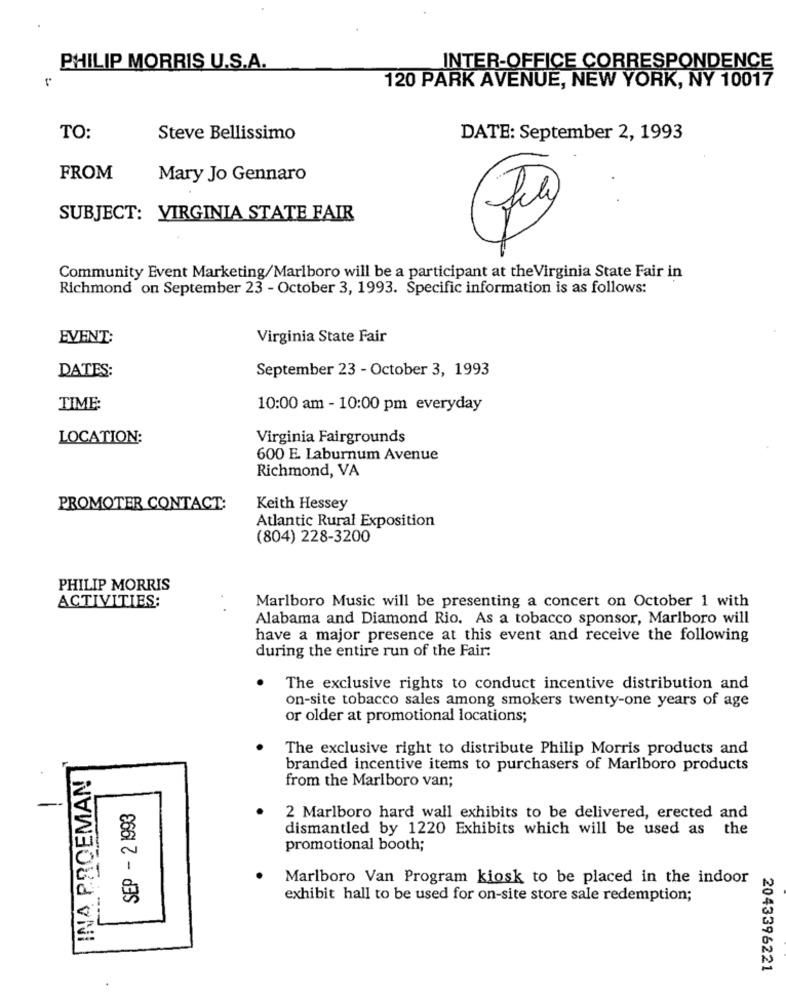
INTER-OFFICE CORRESPONDENCE
PHILIP MORRIS U.S.A.
120 PARK AVENUE, NEW YORK, NY 10017
TO:
Steve Bellissimo
DATE: September 2, 1993
FROM
Mary Jo Gennaro
SUBJECT: VIRGINIA STATE FAIR
Community Event Marketing/Marlboro will be a participant at theVirginia State Fair in
Richmond on September 23 - October 3, 1993. Specific information is as follows:
EVENT:
Virginia State Fair
DATES:
September 23 - October 3, 1993
TIME:
10:00 am - 10:00 pm everyday
LOCATION:
Virginia Fairgrounds
600 E. Laburnum Avenue
Richmond, VA
PROMOTER CONTACT:
Keith Hessey
Atlantic Rural Exposition
(804) 228-3200
PHILIP MORRIS
ACTIVITIES:
Marlboro Music will be presenting a concert on October 1 with
Alabama and Diamond Rio. As a tobacco sponsor, Marlboro will
have a major presence at this event and receive the following
during the entire run of the Fair:
The exclusive rights to conduct incentive distribution and
on-site tobacco sales among smokers twenty-one years of age
or older at promotional locations;
The exclusive right to distribute Philip Morris products and
INA PROEMAN
branded incentive items to purchasers of Marlboro products
from the Marlboro van;
SEP - 2 1993
2 Marlboro hard wall exhibits to be delivered, erected and
dismantled by 1220 Exhibits which will be used as the
promotional booth;
Marlboro Van Program kiosk to be placed in the indoor
exhibit hall to be used for on-site store sale redemption;
2043396221